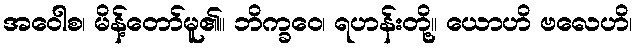
အဝေါစ၊ မိန့်တော်မူ၏။ ဘိက္ခဝေ၊ ရဟန်းတို့။ ယောဟိ ဗလေဟိ၊